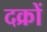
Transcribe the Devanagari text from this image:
दक्रों